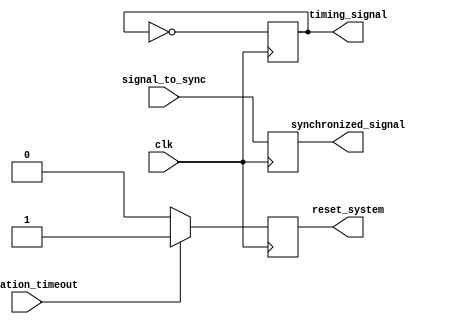
module watchdog_timer (
    input wire clk,
    
    // Timing control block
    output reg timing_signal,
    input wire operation_timeout,
    output reg reset_system,
    
    // Synchronization block
    input wire signal_to_sync,
    output reg synchronized_signal
);

// Timing control block
always @(posedge clk) begin
    if (operation_timeout) begin
        reset_system <= 1;
    end else begin
        reset_system <= 0;
    end
    
    // Generate timing signals
    timing_signal <= ~timing_signal;
end

// Synchronization block
always @(posedge clk) begin
    synchronized_signal <= signal_to_sync;
end

endmodule